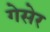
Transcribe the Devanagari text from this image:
गेसेर